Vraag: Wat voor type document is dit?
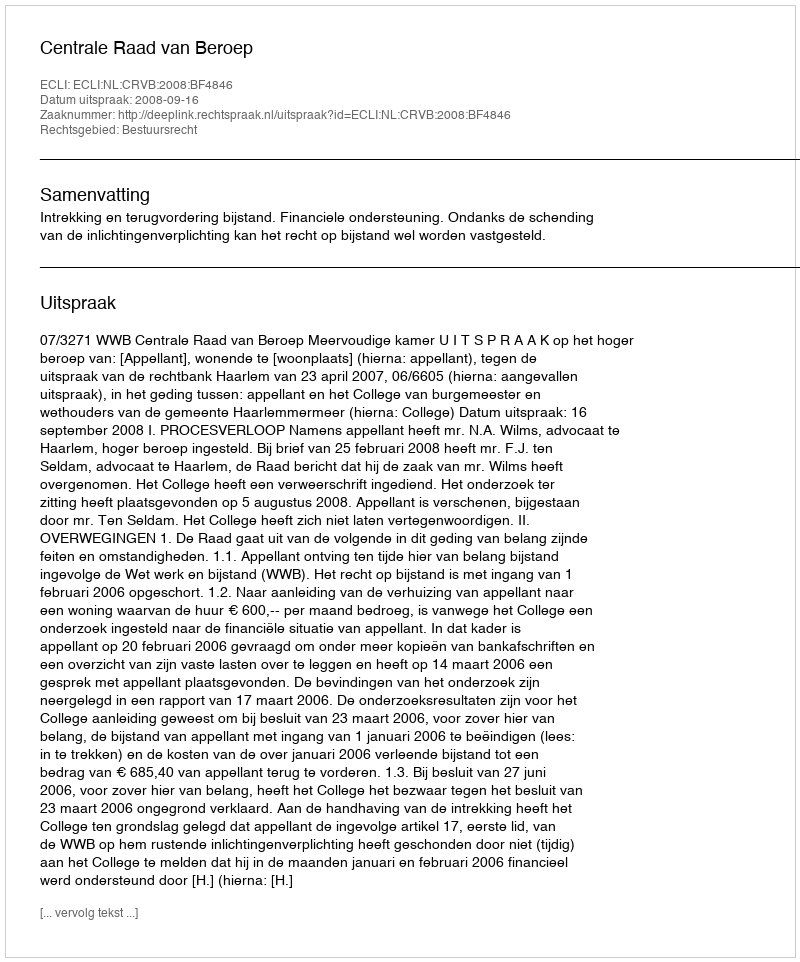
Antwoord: Uitspraak